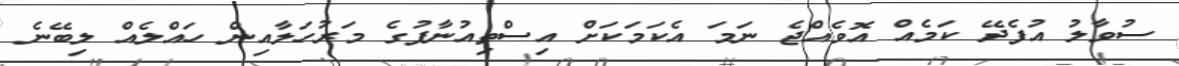
ސުވާލު އުފެދޭ ކަމެއް އޮވެއްޖެ ނަމަ އެކަމަކަށް އިސްތިއުނާފުގެ މަރުހަލާއިން ހައްލެއް ލިބޭނެ